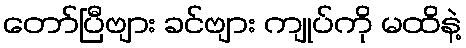
တော်ပြီဗျား ခင်ဗျား ကျုပ်ကို မထိနဲ့